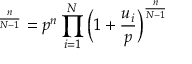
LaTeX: { \L } ^ { \frac { n } { N - 1 } } = p ^ { n } \prod _ { i = 1 } ^ { N } \Big ( 1 + \frac { u _ { i } } { p } \Big ) ^ { \frac { n } { N - 1 } }